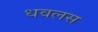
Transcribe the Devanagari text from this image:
धवलस